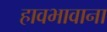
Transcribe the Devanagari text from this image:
हावभावाना